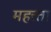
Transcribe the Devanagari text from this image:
महत्त्ता